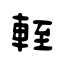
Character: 輊